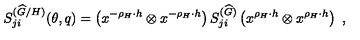
S _ { j i } ^ { ( { \widehat G } / H ) } ( \theta , q ) = \left( x ^ { - \rho _ { H } \cdot h } \otimes x ^ { - \rho _ { H } \cdot h } \right) S _ { j i } ^ { ( { \widehat G } ) } \left( x ^ { \rho _ { H } \cdot h } \otimes x ^ { \rho _ { H } \cdot h } \right) \ ,